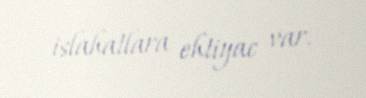
islahatlara ehtiyac var.